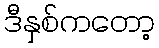
ဒီနှစ်ကတော့